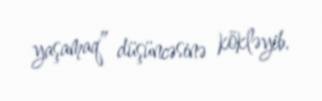
yaşamaq” düşüncəsinə kökləyib.